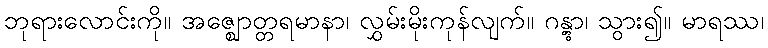
ဘုရားလောင်းကို။ အဇ္ဈောတ္တရမာနာ၊ လွှမ်းမိုးကုန်လျက်။ ဂန္တွာ၊ သွား၍။ မာရဿ၊